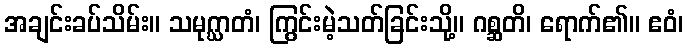
အချင်းခပ်သိမ်း။ သမုဂ္ဃာတံ၊ ကြွင်းမဲ့သတ်ခြင်းသို့။ ဂစ္ဆတိ၊ ရောက်၏။ ဧဝံ၊